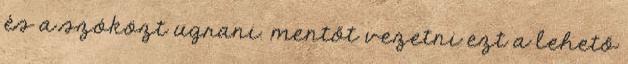
és a szóközt ugrani. mentőt vezetni ezt a lehető